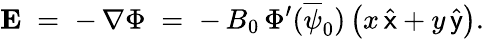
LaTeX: {\mathbf E}\; =\; -\, \nabla\Phi\; =\; -\, B_{0}\, \Phi^{\prime}(\overline{{\psi}}_{0})\left(x\, \widehat{\sf x}+y\, \widehat{\sf y}\right).